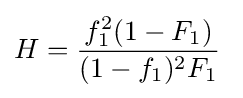
H={\frac {f_{1}^{2}(1-F_{1})}{(1-f_{1})^{2}F_{1}}}\